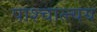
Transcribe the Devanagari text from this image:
पाश्चात्त्यय